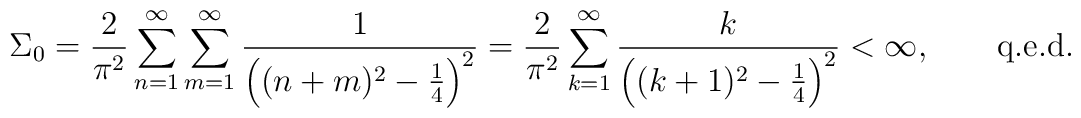
\Sigma_0 = \frac{2}{\pi^2} \sum_{n=1}^\infty\sum_{m=1}^\infty \frac{1}{\left( (n+m)^2 - \frac{1}{4}\right)^2} = \frac{2}{\pi^2} \sum_{k=1}^\infty\frac{k}{\left( (k+1)^2 - \frac{1}{4} \right)^2}< \infty, \qquad \mbox{q.e.d.}